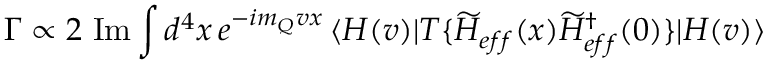
\Gamma \propto 2 \mathrm { ~ I m } \int d ^ { 4 } x \, e ^ { - i m _ { Q } v x } \, \langle H ( v ) | T \{ \widetilde { { \cal H } } _ { e f f } ( x ) \widetilde { { \cal H } } _ { e f f } ^ { \dagger } ( 0 ) \} | H ( v ) \rangle